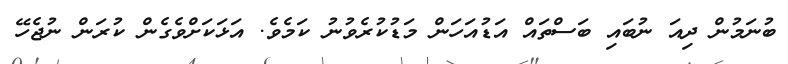
ބުނަމުން ދިއަ ނުބައި ބަސްތައް އަޑުއަހަން މަޑުކުރެވުނު ކަމެވެ. އަޅަކަށްވެގެން ކުރަން ނުޖެހޭ